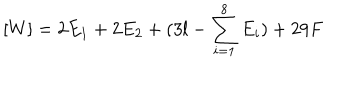
[ W ] = 2 E _ { 1 } + 2 E _ { 2 } + ( 3 l - \sum _ { i = 1 } ^ { 8 } E _ { i } ) + 2 9 F